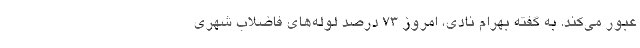
عبور می‌کند. به گفته بهرام نادی، امروز ۷۳ درصد لوله‌های فاضلاب شهری